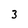
Character: 3